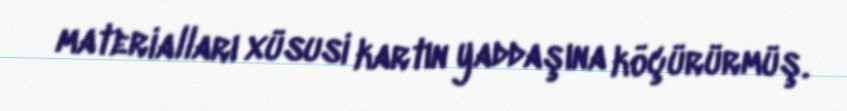
materialları xüsusi kartın yaddaşına köçürürmüş.